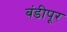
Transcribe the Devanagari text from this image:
बंडीपूर